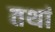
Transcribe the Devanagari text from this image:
तथां